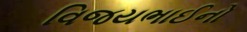
વિજયભાઈનો